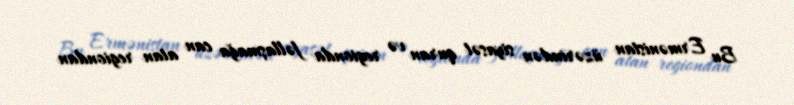
Bu Ermənistan üzərindən siyasət quran və regionda fəllaşmağa can atan regiondan